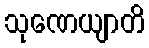
သုဏေယျာတိ